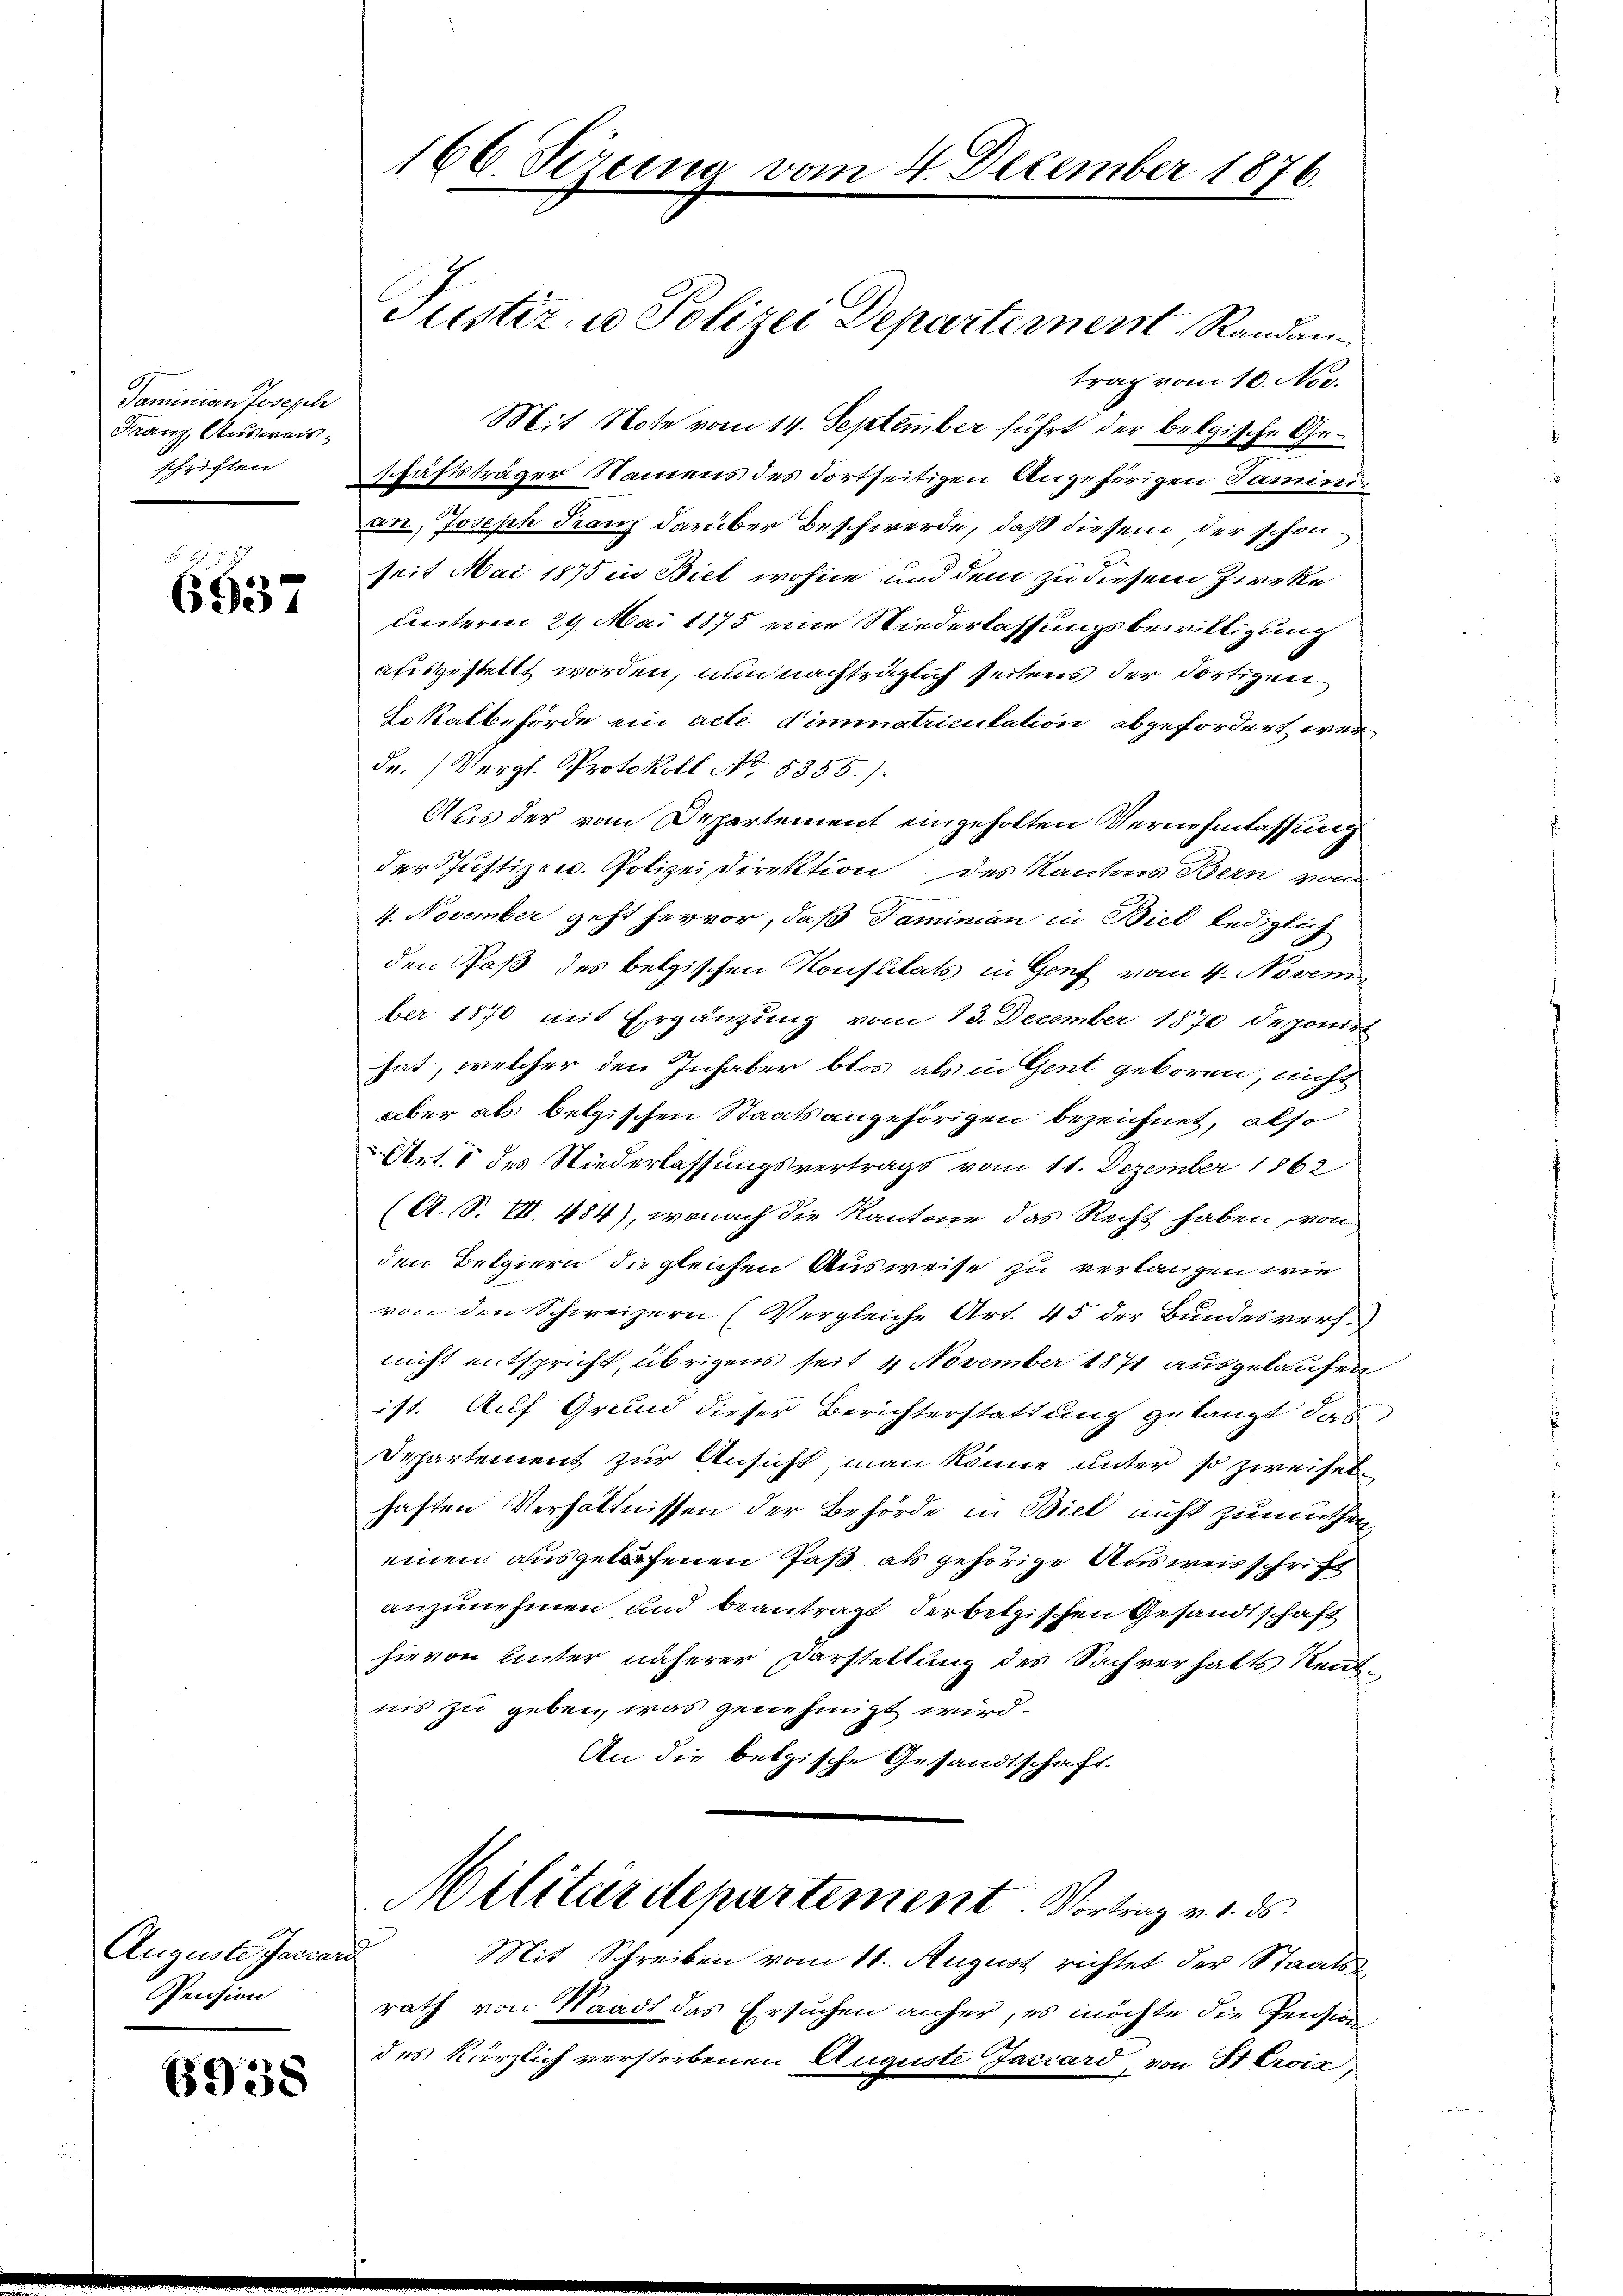
Taminian Joseph
Franz, Ausweis¬

6537

Auguste Jascand
Pension

6938

trag vom 10. Nov.
Mit Note vom 14. September führt der belgische Geschriften schäftsträger Namens des dortseitigen Angehörigen Faminis
an, Joseph Franz darüber Beschwerde, daß diesem der schon
seit Mai 1875 in Biel wohne und dem zu diesem Zirrke
Unterm 29. Mai 1875 eine Niederlassungsbewilligung
ausgestellt worden, nun nachträglich seitens der dortigen
Lokalbehörde ein acte dimmatriculation abgefordert wer¬
Fr. (Vergl. Protokoll No. 5355).
Aus der von Departement eingeholten Vernehmlassung
der Justiz- u. Polizeidirektion des Kantons Bern vom
4. November geht hervor, daß Tamiman in Biel lediglich
den Paß des belgischen Konsulats in Genf vom 4. Novem
ber 1870 mit Ergänzung vom 13. December 1870 deponirt
hat, welcher den Inhaber blos als in Gent geboren, nicht
aber als belgischen Staatsangehörigen bezeichnet, also
Art. 5 des Niederlassungsvertrags vom 11. Dezember 1862
(A. S. VII. 484), wonach die Kantone das Recht haben, von
den Belgiern die gleichen Ausweise zu verlangen wie
von den Schweizern (Vergleiche Art. 45 der Bundesverf
nicht entspricht, übrigens seit 4 November 1871 ausgelaufen
ist. Auf Grund dieser Berichterstattung gelangt das
Departement zur Ansicht man könne unter so zweifel
haften Verhältnissen der Behörde in Biel nicht zumuthen
einen ausgethenen Paß als gehörige Ausweisschrift
anzunehmen und beantragt derbetischen Gesandtschaft
hievon unter näherer Darstellung des Sachverhalts Neut
nis zu geben, was genehmigt wird.
An die betzische Gesandtschaft.

166. Sizung vom 4. December 1876.

Justiz u. Polizei Departement Randan¬

Mit Schreiben vom 11. August richtet der Staats-
rath von Waadt das Ersuchen anher, es möchte die Pension
des kürzlich verstorbenen Auguste Faciard, von Sr Croix,

Militärdepartement. Vortrag v. 1. ds.